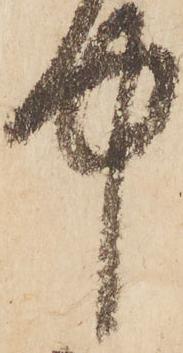
中